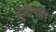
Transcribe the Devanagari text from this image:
पूंजीपति